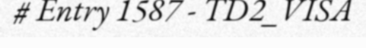
# Entry 1587 - TD2_VISA